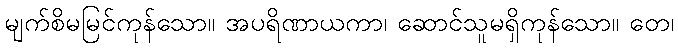
မျက်စိမမြင်ကုန်သော။ အပရိဏာယကာ၊ ဆောင်သူမရှိကုန်သော။ တေ၊